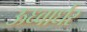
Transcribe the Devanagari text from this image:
ऊध्वार्धर